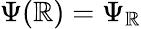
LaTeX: \Psi(\mathbb{R})=\Psi_{\mathbb{R}}